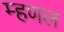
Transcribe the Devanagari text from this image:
म्हणल